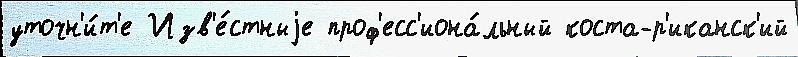
уточн'и́т'е Изв'е́стныjе проф'есс'иона́льный коста-р'иканск'ий